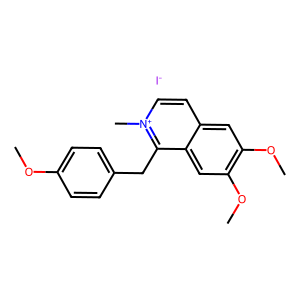
SMILES: COc1ccc(Cc2c3cc(OC)c(OC)cc3cc[n+]2C)cc1.[I-]
Inhibits HIV replication: No